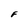
Character: F